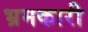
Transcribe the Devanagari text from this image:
भ्रमकारी